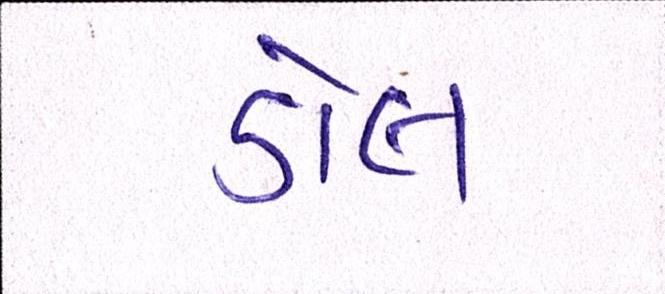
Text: ડોલ